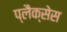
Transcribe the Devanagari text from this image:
प्लैक्सेस